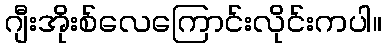
ဂျီးအိုးစ်လေကြောင်းလိုင်းကပါ။